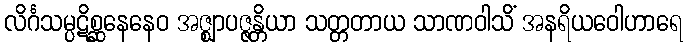
လိင်္ဂသမ္ပဋိစ္ဆနေနေဝ အဇ္ဈာပဇ္ဇန္တိယာ သတ္တတာယ သာဏဝါသိံ အနရိယဝေါဟာရေ